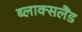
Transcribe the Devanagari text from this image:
ब्लाक्सलैंड